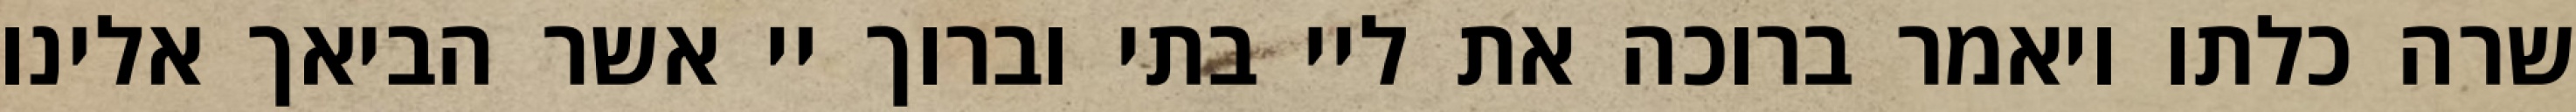
שרה כלתו ויאמר ברוכה את ליי בתי וברוך יי אשר הביאך אלינו